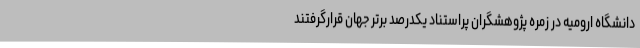
دانشگاه ارومیه در زمره پژوهشگران پراستناد یکدرصد برتر جهان قرارگرفتند